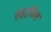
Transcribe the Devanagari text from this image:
ऐसट्रोफेल